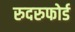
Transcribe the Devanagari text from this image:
रुदरुफोर्ड